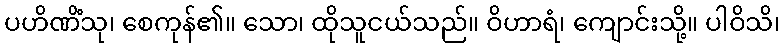
ပဟိဏိံသု၊ စေကုန်၏။ သော၊ ထိုသူငယ်သည်။ ဝိဟာရံ၊ ကျောင်းသို့။ ပါဝိသိ၊